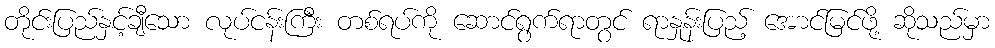
တိုင်းပြည်နှင့်ချီသော လုပ်ငန်းကြီး တစ်ရပ်ကို ဆောင်ရွက်ရာတွင် ရာနှုန်းပြည့် အောင်မြင်ဖို့ ဆိုသည်မှာ